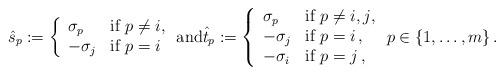
LaTeX: \begin{align*}\hat{s}_{p}:=\left\{ \begin{array}{ll} \sigma_{p} & \mbox{if $p\neq i$,}\\-\sigma_{j} & \mbox{if $p=i$}\end{array} \right. {\rm and} \hat{t}_{p}:=\left\{ \begin{array}{ll}\sigma_{p} & \mbox{if $p\neq i,j$,}\\-\sigma_{j} & \mbox{if $p=i$}\,,\\-\sigma_{i} & \mbox{if $p=j$}\,,\end{array} \right. p\in\{1,\ldots,m\}\,.\end{align*}